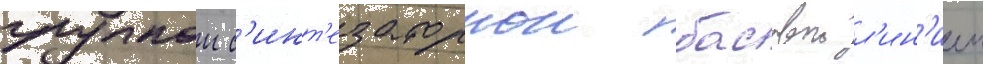
гулкои с'инт'езаторнои басовои л'ин'иеи